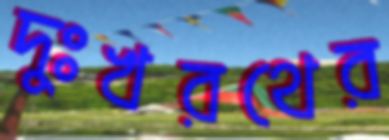
দুঃখরথের